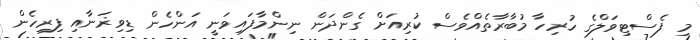
މި ފެސްޓިވަލްގެ ހުރިހާ މުބާރާތެއްވެސް ކުރިއަށް ގެންދަން ނިންމާފައިވަނީ އަންހެން ޑިވިޜަނާއި ފިރިހެން